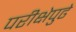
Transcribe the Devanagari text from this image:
परीक्षेपुढे